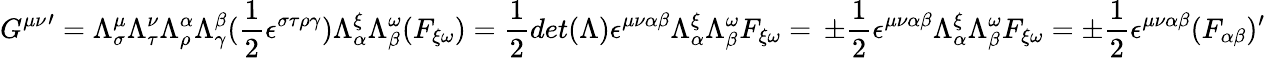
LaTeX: {G^{\mu\nu}}^{\prime}=\Lambda_{\sigma}^{\mu}\Lambda_{\tau}^{\nu}\Lambda_{\rho}^{\alpha}\Lambda_{\gamma}^{\beta}(\frac{1}{2}\epsilon^{\sigma\tau\rho\gamma})\Lambda_{\alpha}^{\xi}\Lambda_{\beta}^{\omega}(F_{\xi\omega})=\frac{1}{2}det(\Lambda)\epsilon^{\mu\nu\alpha\beta}\Lambda_{\alpha}^{\xi}\Lambda_{\beta}^{\omega}F_{\xi\omega}=\, \pm\frac{1}{2}\epsilon^{\mu\nu\alpha\beta}\Lambda_{\alpha}^{\xi}\Lambda_{\beta}^{\omega}F_{\xi\omega}=\pm\frac{1}{2}\epsilon^{\mu\nu\alpha\beta}(F_{\alpha\beta})^{\prime}